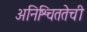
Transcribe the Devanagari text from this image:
अनिश्चिततेची